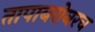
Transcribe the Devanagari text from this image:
तापाबरोबरच